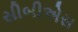
સીબીએસ